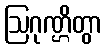
ဩဂုဏ္ဌိတွာ